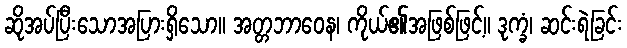
ဆိုအပ်ပြီးသောအပြားရှိသော။ အတ္တဘာဝေန၊ ကိုယ်၏အဖြစ်ဖြင့်။ ဒုက္ခံ၊ ဆင်းရဲခြင်း